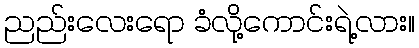
ညည်းလေးရော ခံလို့ကောင်းရဲ့လား။